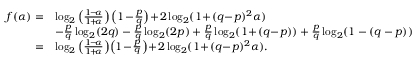
\begin{array} { r l } { f ( \alpha ) = } & { \log _ { 2 } \left( \frac { 1 \! - \! \alpha } { 1 \! + \! \alpha } \right) \left( 1 \! - \! \frac { p } { q } \right) \! + \! 2 \log _ { 2 } ( 1 \! + \! ( q \! - \! p ) ^ { 2 } \alpha ) } \\ & { - \frac { p } { q } \log _ { 2 } ( 2 q ) - \frac { p } { q } \log _ { 2 } ( 2 p ) + \frac { p } { q } \log _ { 2 } ( 1 \! + \! ( q \! - \! p ) ) + \frac { p } { q } \log _ { 2 } ( 1 - ( q - p ) ) } \\ { = } & { \log _ { 2 } \left( \frac { 1 \! - \! \alpha } { 1 \! + \! \alpha } \right) \! \left( 1 \! - \! \frac { p } { q } \right) \! + \! 2 \log _ { 2 } ( 1 \! + \! ( q \! - \! p ) ^ { 2 } \alpha ) . } \end{array}